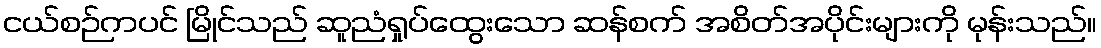
ငယ်စဉ်ကပင် မြိုင်သည် ဆူညံရှုပ်ထွေးသော ဆန်စက် အစိတ်အပိုင်းများကို မုန်းသည်။